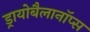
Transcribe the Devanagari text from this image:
ड्रायोबैलानॉप्स